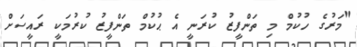
"މަރުގެ ހުކުމް މި ތަންފީޒު ކުރަނީ އެ ޙުކުމް ތަންފީޒު ކުރުމަކީ ރައީސަށް